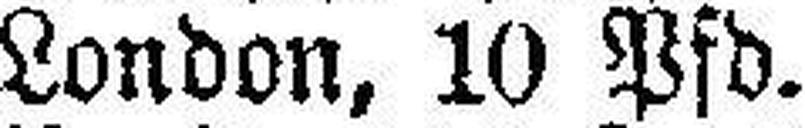
London, 10 Pfd.